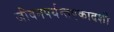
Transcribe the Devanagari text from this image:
जीवनपर्यन्तएकादशी